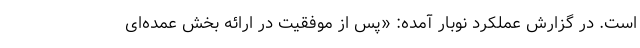
است. در گزارش عملکرد نوبار آمده: «پس از موفقیت در ارائه بخش عمده‌ای